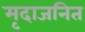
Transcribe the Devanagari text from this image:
मृदाजनित